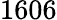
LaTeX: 1606